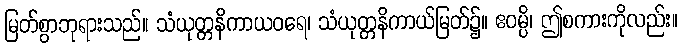
မြတ်စွာဘုရားသည်။ သံယုတ္တနိကာယဝရေ၊ သံယုတ္တနိကာယ်မြတ်၌။ ဧဝမ္ပိ၊ ဤစကားကိုလည်း။